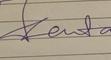
Signature authenticity: genuine